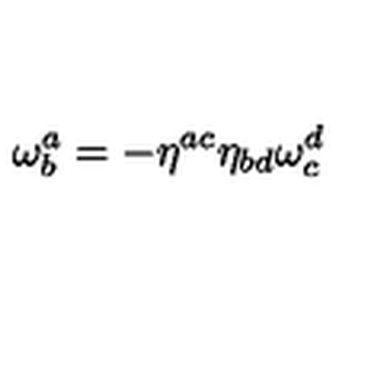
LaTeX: \mathbf { \omega } _ { b } ^ { a } = - \eta ^ { a c } \eta _ { b d } \mathbf { \omega } _ { c } ^ { d }